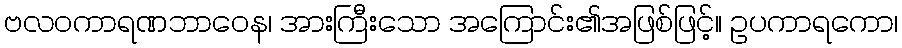
ဗလဝကာရဏဘာဝေန၊ အားကြီးသော အကြောင်း၏အဖြစ်ဖြင့်။ ဥပကာရကော၊